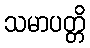
သမာပတ္တိ